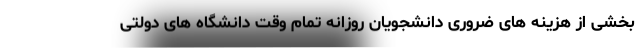
بخشی از هزینه های ضروری دانشجویان روزانه تمام وقت دانشگاه های دولتی